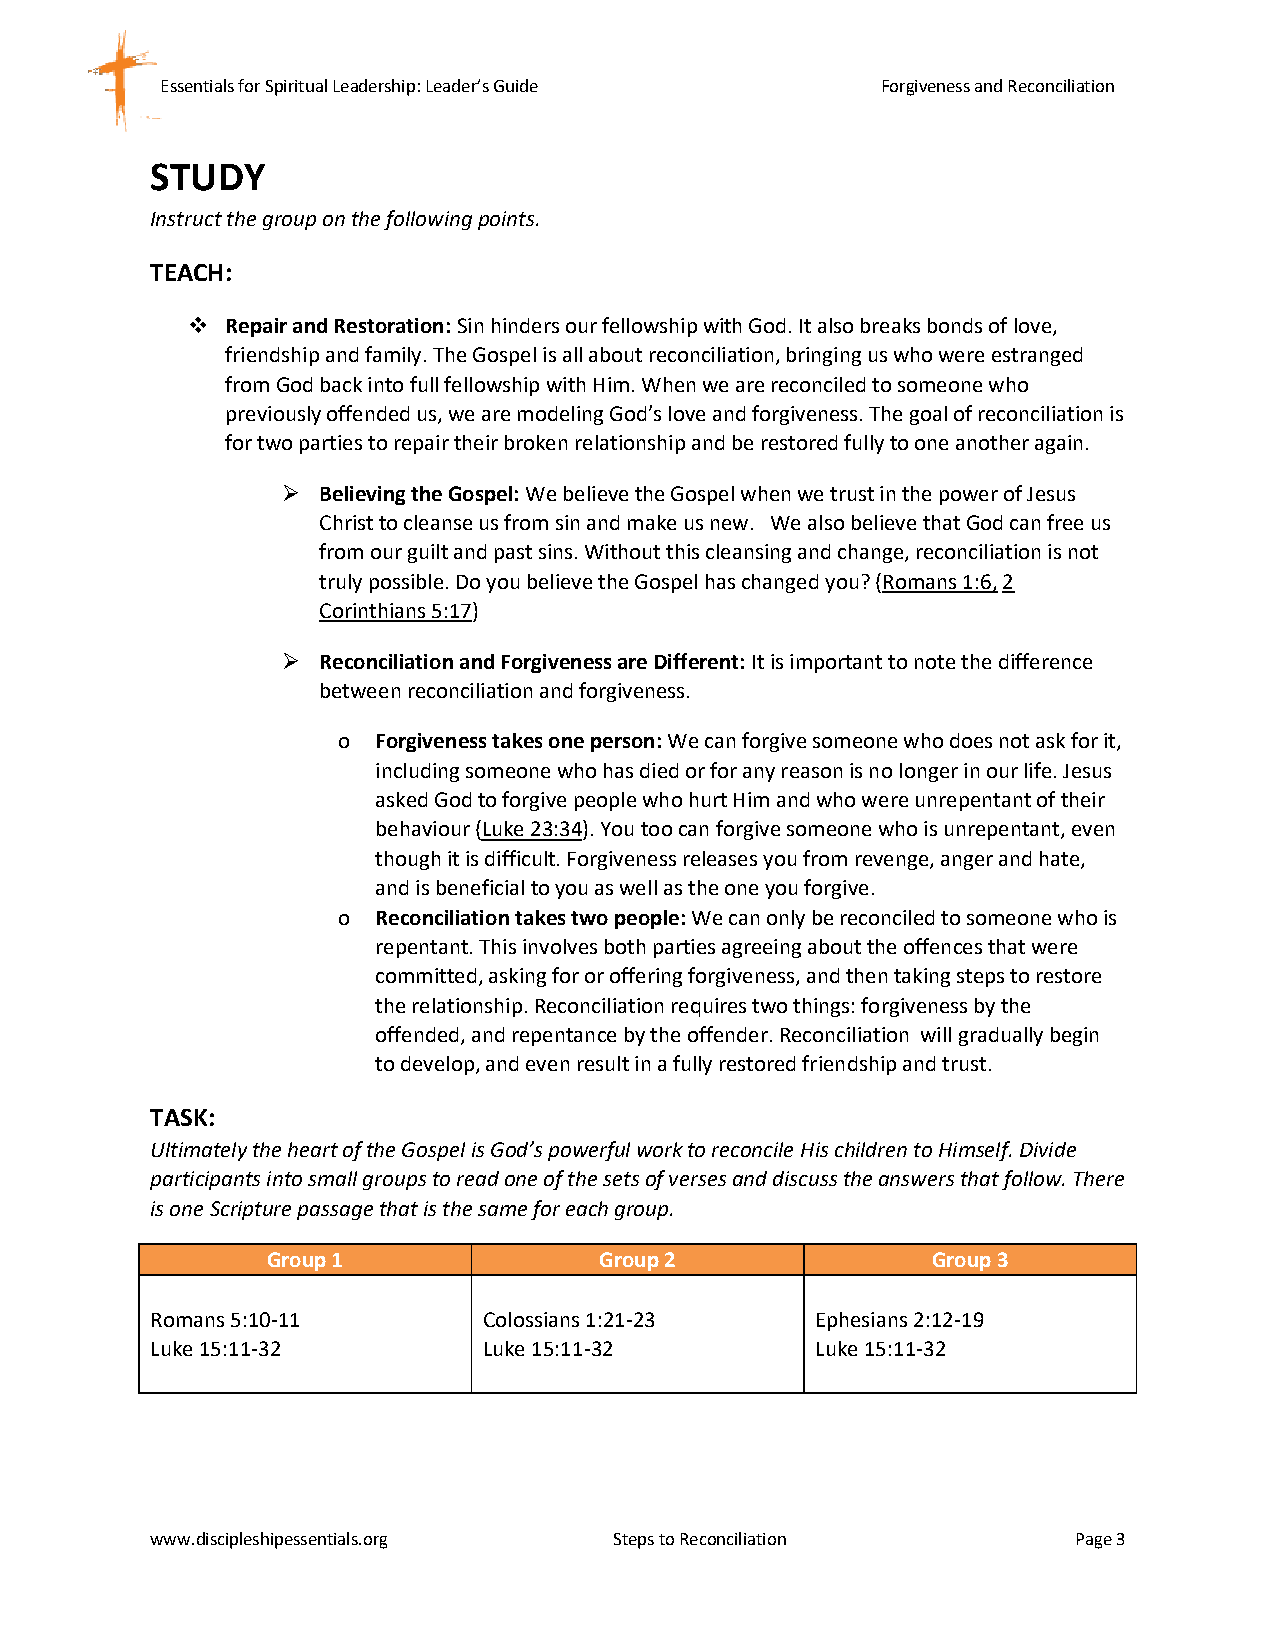
Essentials for Spiritual Leadership: Leader’s Guide Forgiveness and Reconciliation
 STUDY
 Instruct the group on the following points.
 TEACH:
 ❖  Repair and Restoration: Sin hinders our fellowship with God. It also breaks bonds of love,
 friendship and family. The Gospel is all about reconciliation, bringing us who were estranged
 from God back into full fellowship with Him. When we are reconciled to someone who
 previously offended us, we are modeling God’s love and forgiveness. The goal of reconciliation is
 for two parties to repair their broken relationship and be restored fully to one another again.
 ➢ Believing the Gospel: We believe the Gospel when we trust in the power of Jesus
 Christ to cleanse us from sin and make us new. We also believe that God can free us
 from our guilt and past sins. Without this cleansing and change, reconciliation is not
 truly possible. Do you believe the Gospel has changed you? (Romans 1:6, 2
 Corinthians 5:17)
 ➢ Reconciliation and Forgiveness are Different: It is important to note the difference
 between reconciliation and forgiveness.
 o  Forgiveness takes one person: We can forgive someone who does not ask for it,
 including someone who has died or for any reason is no longer in our life. Jesus
 asked God to forgive people who hurt Him and who were unrepentant of their
 behaviour (Luke 23:34). You too can forgive someone who is unrepentant, even
 though it is difficult. Forgiveness releases you from revenge, anger and hate,
 and is beneficial to you as well as the one you forgive.
 o  Reconciliation takes two people: We can only be reconciled to someone who is
 repentant. This involves both parties agreeing about the offences that were
 committed, asking for or offering forgiveness, and then taking steps to restore
 the relationship. Reconciliation requires two things: forgiveness by the
 offended, and repentance by the offender. Reconciliation will gradually begin
 to develop, and even result in a fully restored friendship and trust.
 TASK:
 Ultimately the heart of the Gospel is God’s powerful work to reconcile His children to Himself. Divide
 participants into small groups to read one of the sets of verses and discuss the answers that follow. There
 is one Scripture passage that is the same for each group.
 Group 1               Group 2               Group 3
 Romans 5:10-11        Colossians 1:21-23    Ephesians 2:12-19
 Luke 15:11-32         Luke 15:11-32         Luke 15:11-32
 www.discipleshipessentials.org Steps to Reconciliation       Page 3